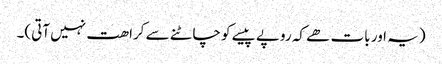
(یہ اور بات ھے کہ روپے پیسے کو چاٹنے سے کراھت نہیں آتی)۔